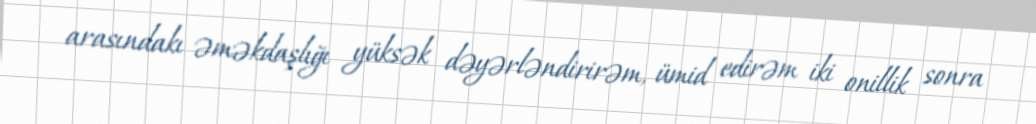
arasındakı əməkdaşlığı yüksək dəyərləndirirəm, ümid edirəm iki onillik sonra